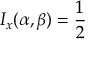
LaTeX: I _ { x } ( \alpha , \beta ) = { \frac { 1 } { 2 } }